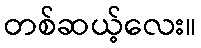
တစ်ဆယ့်လေး။